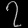
Digit: ၇